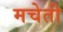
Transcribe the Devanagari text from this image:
मचेती